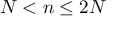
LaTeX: N < n \leq 2 N